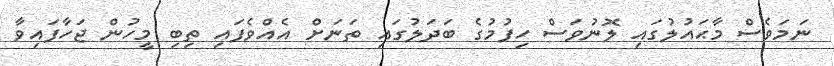
ނަމަވެސް މާޙައުލުގައި ލޮނުވަސް ހިފުމުގެ ބަދަލުގައި ތަނަށް އެއްވެފައި ތިބި މީހުން ޖަހާފައިވާ